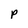
Character: P